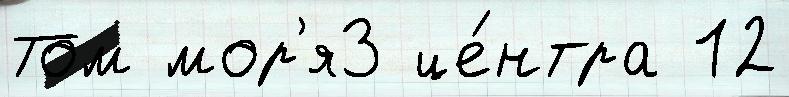
Том мор'я3 це́нтра 12